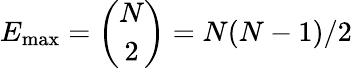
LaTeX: E_{\operatorname*{max}}={\binom{N}{2}}=N(N-1)/2